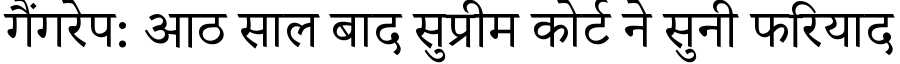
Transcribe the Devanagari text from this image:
गैंगरेप: आठ साल बाद सुप्रीम कोर्ट ने सुनी फरियाद